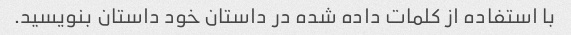
با استفاده از کلمات داده شده در داستان خود داستان بنویسید.